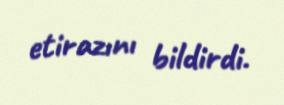
etirazını bildirdi.